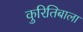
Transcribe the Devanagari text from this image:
कुरितिबाला